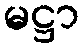
မဋ္ဌာ